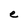
Character: e